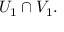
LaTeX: U _ { 1 } \cap V _ { 1 } .